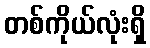
တစ်ကိုယ်လုံးရှိ